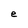
Character: e